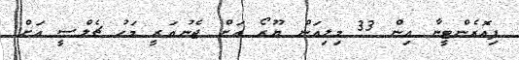
ފިއޮރެންޓީނާ އިން 33 މިލިއަން ޔޫރޯ އަށް ޖެނުއަރީ މަހު ޗެލްސީ އަށް